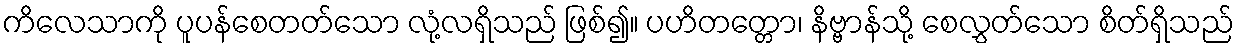
ကိလေသာကို ပူပန်စေတတ်သော လုံ့လရှိသည် ဖြစ်၍။ ပဟိတတ္တော၊ နိဗ္ဗာန်သို့ စေလွှတ်သော စိတ်ရှိသည်